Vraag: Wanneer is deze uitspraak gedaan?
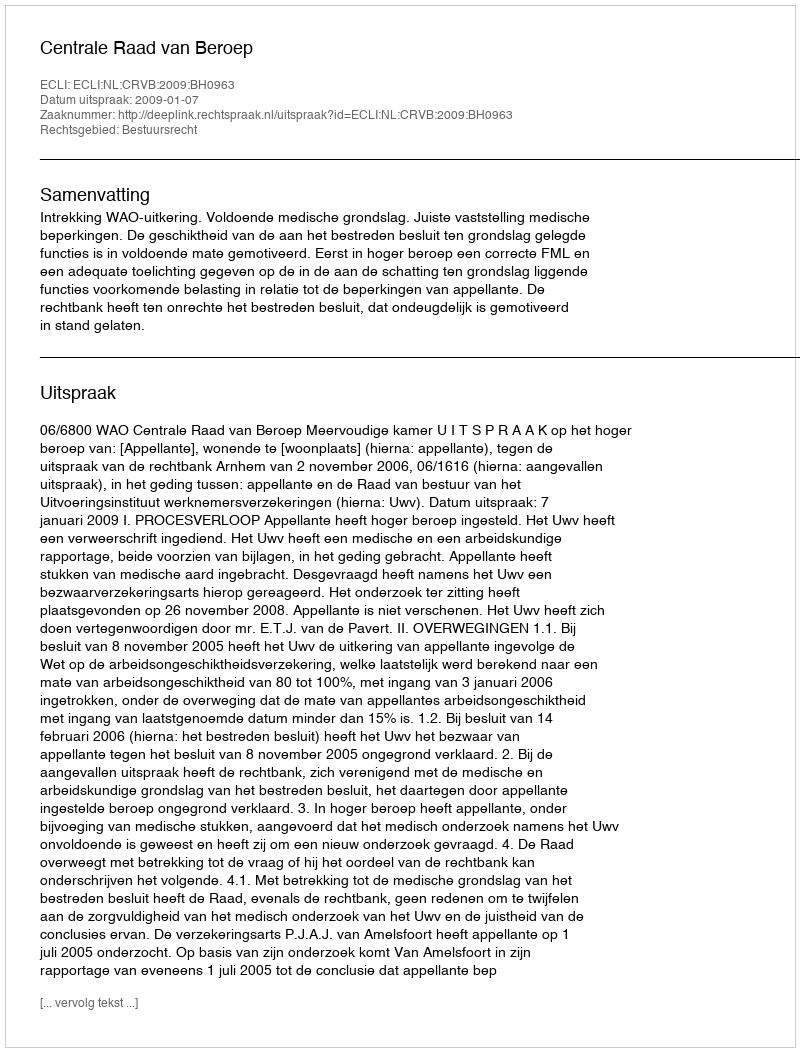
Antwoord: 2009-01-07